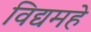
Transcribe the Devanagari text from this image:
विद्यमहे